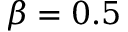
\beta = 0 . 5